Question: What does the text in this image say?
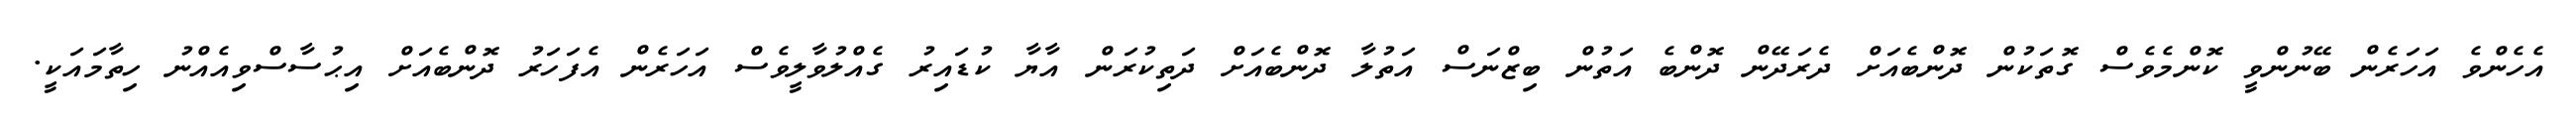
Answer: އެހެންވެ އަހަރެން ބޭނުންވީ ކޮންމެވެސް ގޮތަކުން ދޮންބެއަށް ދެރަދޭން ދޮންބެ އަތުން ބިޒްނަސް އަތުލާ ދޮންބެއަށް ދަތިކުރަން އާޔާ ކުޑައިރު ގެއްލުވާލީވެސް އަހަރެން އެފަހަރު ދޮންބެއަށް އިޙުސާސްވިއެއްނު ހިތާމައަކީ.